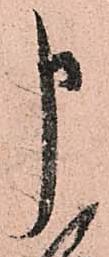
申